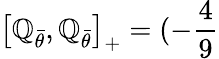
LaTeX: \left[\mathbb{Q}_{\bar{{\theta}}},\mathbb{Q}_{\bar{{\theta}}}\right]_{+}=(-\frac{{4}}{{9}}